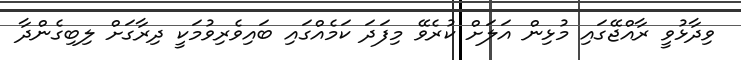
ވިދާޅުވީ ރާއްޖޭގައި މުޅިން އަލަށް ކުރެވޭ މިފަދަ ކަމެއްގައި ބައިވެރިވުމަކީ ދިރާގަށް ލިބިގެންދާ